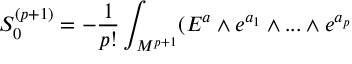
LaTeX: S _ { 0 } ^ { ( p + 1 ) } = - { \frac { 1 } { p ! } } \int _ { { \cal { M } } ^ { p + 1 } } ( E ^ { a } \wedge e ^ { a _ { 1 } } \wedge . . . \wedge e ^ { a _ { p } }